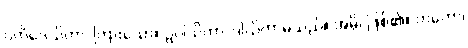
ပတိဒေသိတာ၊ ကြားသော။ ဥပါသိကာ၊ ဒါယိကာမသည်။ အမှိ၊ ဖြစ်၏။ တတော၊